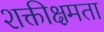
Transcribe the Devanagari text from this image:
शक्तीक्षमता